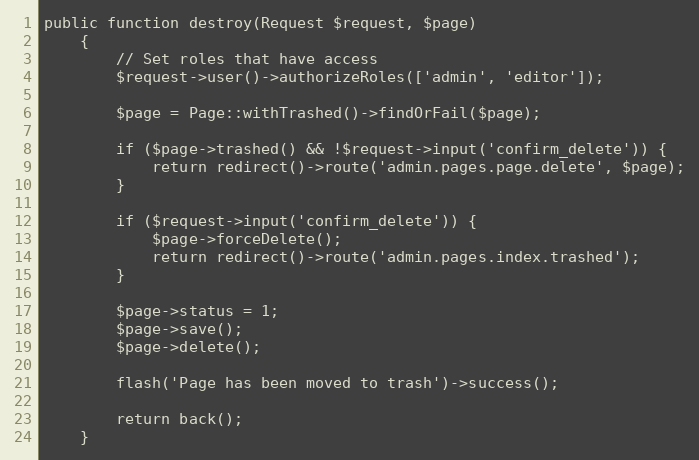
Language: PHP
public function destroy(Request $request, $page)
    {
        // Set roles that have access
        $request->user()->authorizeRoles(['admin', 'editor']);

        $page = Page::withTrashed()->findOrFail($page);

        if ($page->trashed() && !$request->input('confirm_delete')) {
            return redirect()->route('admin.pages.page.delete', $page);
        }

        if ($request->input('confirm_delete')) {
            $page->forceDelete();
            return redirect()->route('admin.pages.index.trashed');
        }

        $page->status = 1;
        $page->save();
        $page->delete();

        flash('Page has been moved to trash')->success();

        return back();
    }